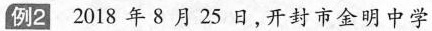
例2 2018年8月25日，开封市金明中学